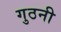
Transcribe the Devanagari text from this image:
गुठनी